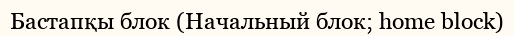
Бастапқы блок (Начальный блок; home block)